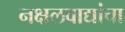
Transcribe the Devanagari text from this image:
नक्षलवाद्यांचा